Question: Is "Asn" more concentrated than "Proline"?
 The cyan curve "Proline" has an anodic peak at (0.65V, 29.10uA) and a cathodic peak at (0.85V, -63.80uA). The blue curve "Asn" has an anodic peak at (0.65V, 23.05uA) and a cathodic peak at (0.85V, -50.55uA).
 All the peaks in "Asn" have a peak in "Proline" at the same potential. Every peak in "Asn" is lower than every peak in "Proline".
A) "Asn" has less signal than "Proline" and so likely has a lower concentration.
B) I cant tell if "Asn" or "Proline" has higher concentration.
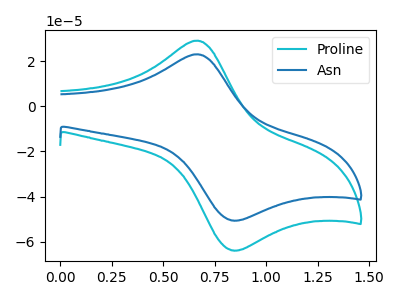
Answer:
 <answer>A) "Asn" has less signal than "Proline" and so likely has a lower concentration.</answer>
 <eval>A</eval>